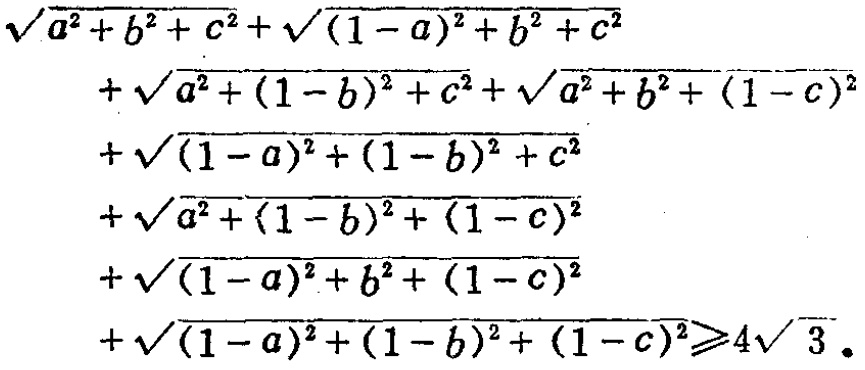
\[\begin{align*}
&\sqrt{a^{2}+b^{2}+c^{2}}+\sqrt{(1 - a)^{2}+b^{2}+c^{2}}\\
&+\sqrt{a^{2}+(1 - b)^{2}+c^{2}}+\sqrt{a^{2}+b^{2}+(1 - c)^{2}}\\
&+\sqrt{(1 - a)^{2}+(1 - b)^{2}+c^{2}}\\
&+\sqrt{a^{2}+(1 - b)^{2}+(1 - c)^{2}}\\
&+\sqrt{(1 - a)^{2}+b^{2}+(1 - c)^{2}}\\
&+\sqrt{(1 - a)^{2}+(1 - b)^{2}+(1 - c)^{2}}\geqslant4\sqrt{3}.
\end{align*}\]